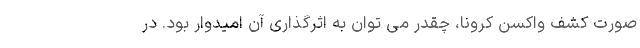
صورت کشف واکسن کرونا، چقدر می توان به اثرگذاری آن امیدوار بود. در